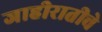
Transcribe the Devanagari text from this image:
जाहीरातीचे